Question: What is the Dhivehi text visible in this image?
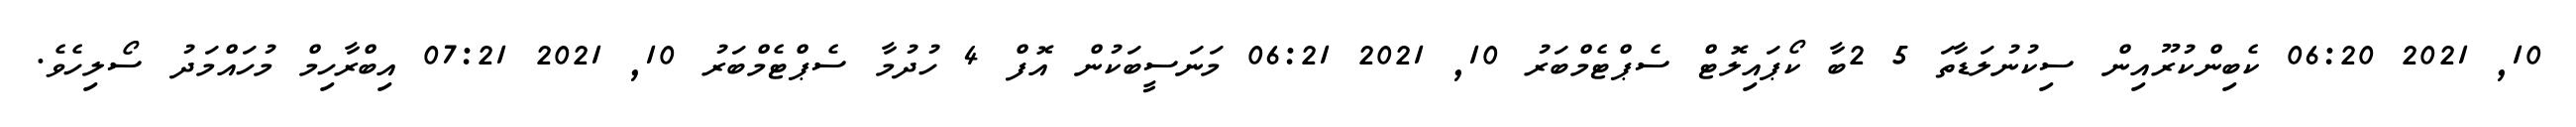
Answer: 10, 2021 06:20 ކެބިންކުރޫއިން ސިކުނުލަޑާތަ 5 2ބާ ކޯޕައިލޮޓް ސެޕްޓެމްބަރު 10, 2021 06:21 މަނަސީބަކުން އޮފް 4 ހުދުމާ ސެޕްޓެމްބަރު 10, 2021 07:21 އިބްރާހިމް މުހައްމަދު ސޯލިހެވެ.